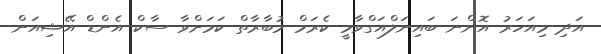
އަދި މިއަހަރު އޮންނަ ބައިނަލްއަގްވާމީ ކެރަމް މުބާރާތް ކަަމަށްވާ ސާކް އެންޑް އޭޝިއަން